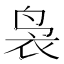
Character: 袅